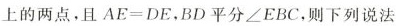
上的两点，且$$A E = D E$$，BD平分∠EBC，则下列说法